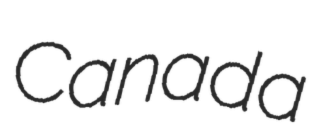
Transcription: Canada